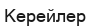
Керейлер